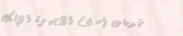
خدمات إصلاح الأجهزة الإلك